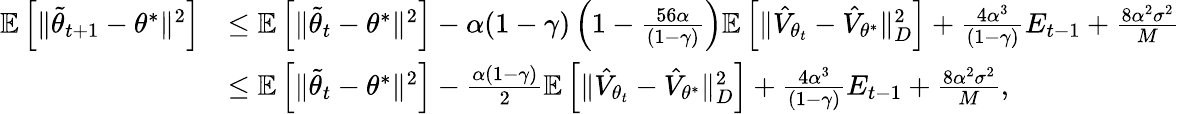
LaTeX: \begin{array}{rl}{\mathbb{E}\left[\Vert\tilde{\theta}_{t+1}-\theta^{*}\Vert^{2}\right]}&{\leq\mathbb{E}\left[\Vert\tilde{\theta}_{t}-\theta^{*}\Vert^{2}\right]-\alpha(1-\gamma)\left(1-\frac{56\alpha}{(1-\gamma)}\right)\mathbb{E}\left[\Vert\hat{V}_{{\theta}_{t}}-\hat{V}_{\theta^{*}}\Vert_{D}^{2}\right]+\frac{4\alpha^{3}}{(1-\gamma)}E_{t-1}+\frac{8\alpha^{2}\sigma^{2}}{M}}\\ &{\leq\mathbb{E}\left[\Vert\tilde{\theta}_{t}-\theta^{*}\Vert^{2}\right]-\frac{\alpha(1-\gamma)}{2}\mathbb{E}\left[\Vert\hat{V}_{{\theta}_{t}}-\hat{V}_{\theta^{*}}\Vert_{D}^{2}\right]+\frac{4\alpha^{3}}{(1-\gamma)}E_{t-1}+\frac{8\alpha^{2}\sigma^{2}}{M},}\end{array}